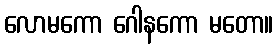
လောမကော ဂေါနကော မတော။